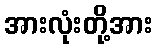
အားလုံးတို့အား